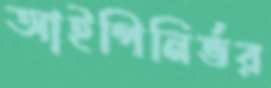
আইপিনির্ভর